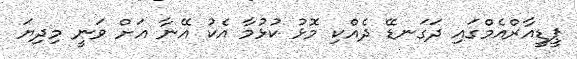
ޕީޑީއާރްއެމްގައި ދަގަނޑޭ ދެއްކި މޮޅު ކުޅުމާ އެކު އޭނާ އަށް ވަނީ މިދިޔަ